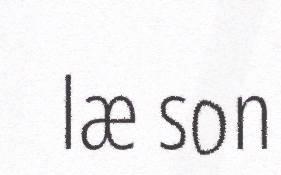
læ son